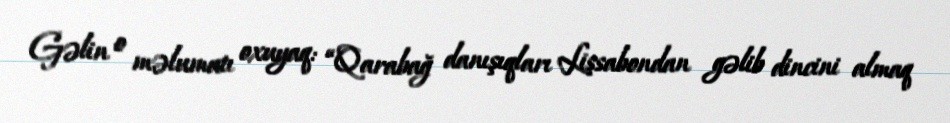
Gəlin o məlumatı oxuyaq: “Qarabağ danışıqları Lissabondan gəlib dincini almaq